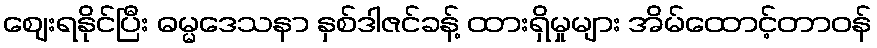
ဈေးရနိုင်ပြီး ဓမ္မဒေသနာ နှစ်ဒါဇင်ခန့် ထားရှိမှုများ အိမ်ထောင့်တာဝန်